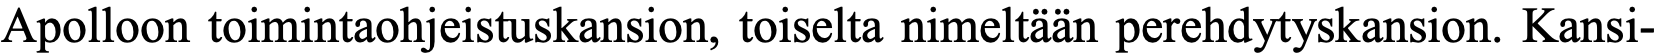
Apolloon toimintaohjeistuskansion, toiselta nimeltään perehdytyskansion. Kansi-